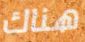
هناك